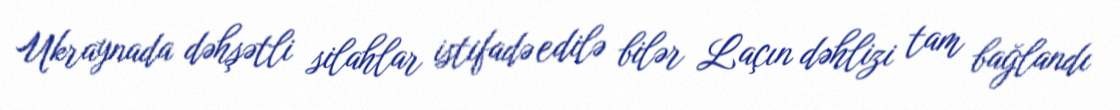
Ukraynada dəhşətli silahlar istifadə edilə bilər Laçın dəhlizi tam bağlandı